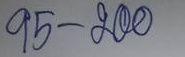
95 - 200